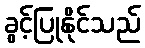
ခွင့်ပြုနိုင်သည်